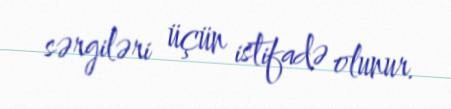
sərgiləri üçün istifadə olunur.